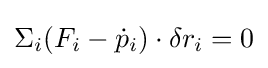
\Sigma _{i}(F_{i}-{\dot {p}}_{i})\cdot \delta r_{i}=0